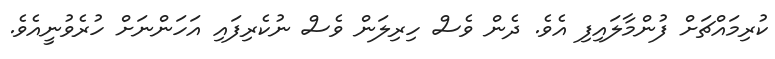
ކުރިމައްޗަށް ފުންމާލައިފި އެވެ. ދެން ވެސް ހިރިލަން ވެސް ނުކެރިފައި އަހަންނަށް ހުރެވުނީއެވެ.